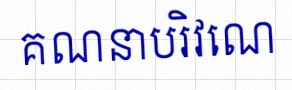
គណនាបរិវេណ